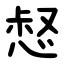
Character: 惄